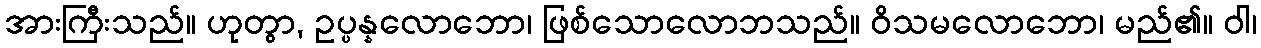
အားကြီးသည်။ ဟုတွာ, ဥပ္ပန္နလောဘော၊ ဖြစ်သောလောဘသည်။ ဝိသမလောဘော၊ မည်၏။ ဝါ၊